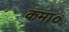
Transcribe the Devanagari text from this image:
कमा०